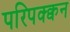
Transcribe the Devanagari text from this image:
परिपक्क्वन